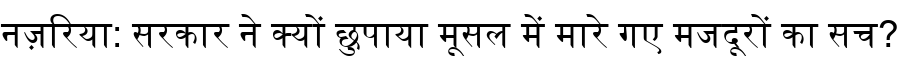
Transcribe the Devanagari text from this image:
नज़रिया: सरकार ने क्यों छुपाया मूसल में मारे गए मजदूरों का सच?